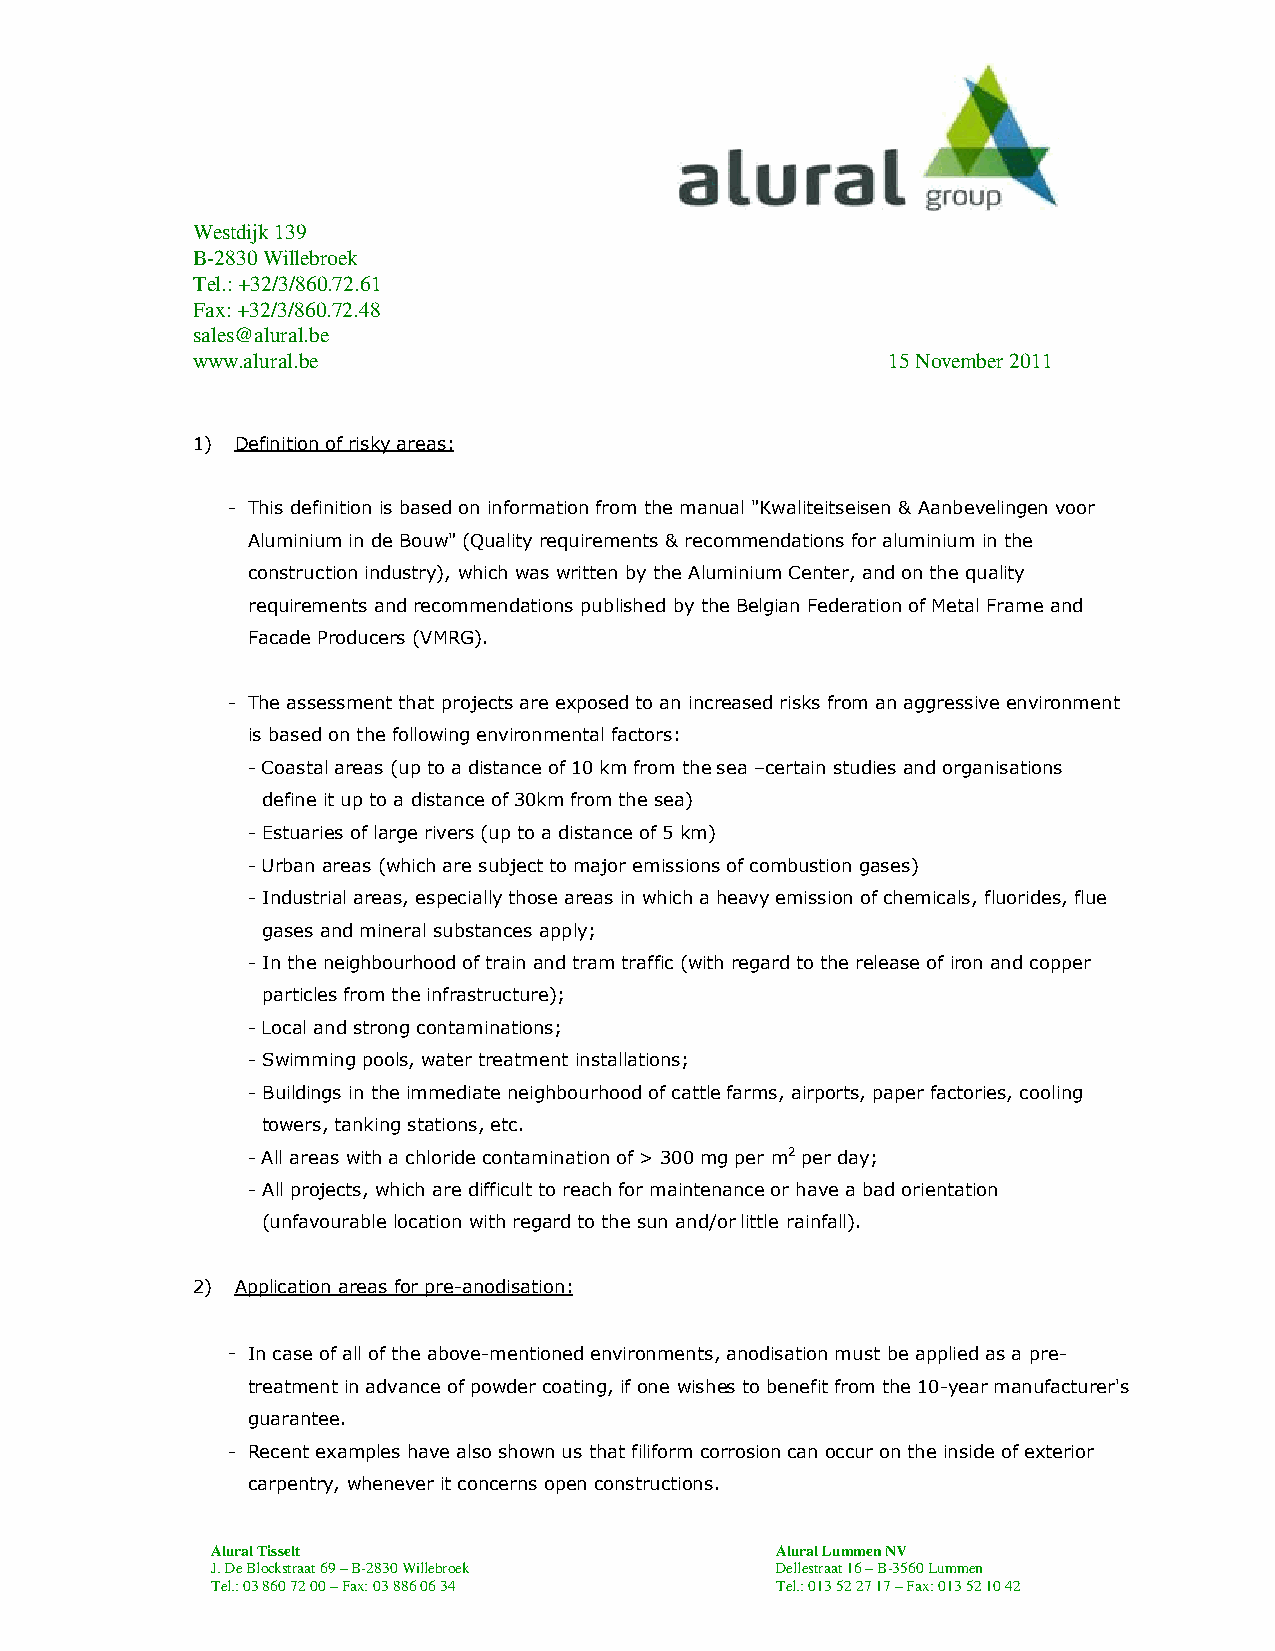
Westdijk 139
 B-2830 Willebroek
 Tel.: +32/3/860.72.61
 Fax: +32/3/860.72.48
 sales@alural.be
 www.alural.be                                 15 November 2011
 1) Definition of risky areas:
 - This definition is based on information from the manual "Kwaliteitseisen & Aanbevelingen voor
 Aluminium in de Bouw" (Quality requirements & recommendations for aluminium in the
 construction industry), which was written by the Aluminium Center, and on the quality
 requirements and recommendations published by the Belgian Federation of Metal Frame and
 Facade Producers (VMRG).
 - The assessment that projects are exposed to an increased risks from an aggressive environment
 is based on the following environmental factors:
 - Coastal areas (up to a distance of 10 km from the sea –certain studies and organisations
 define it up to a distance of 30km from the sea)
 - Estuaries of large rivers (up to a distance of 5 km)
 - Urban areas (which are subject to major emissions of combustion gases)
 - Industrial areas, especially those areas in which a heavy emission of chemicals, fluorides, flue
 gases and mineral substances apply;
 - In the neighbourhood of train and tram traffic (with regard to the release of iron and copper
 particles from the infrastructure);
 - Local and strong contaminations;
 - Swimming pools, water treatment installations;
 - Buildings in the immediate neighbourhood of cattle farms, airports, paper factories, cooling
 towers, tanking stations, etc.
 - All areas with a chloride contamination of > 300 mg per m2 per day;
 - All projects, which are difficult to reach for maintenance or have a bad orientation
 (unfavourable location with regard to the sun and/or little rainfall).
 2) Application areas for pre-anodisation:
 - In case of all of the above-mentioned environments, anodisation must be applied as a pre-
 treatment in advance of powder coating, if one wishes to benefit from the 10-year manufacturer's
 guarantee.
 - Recent examples have also shown us that filiform corrosion can occur on the inside of exterior
 carpentry, whenever it concerns open constructions.
 Alural Tisselt                       Alural Lummen NV
 J. De Blockstraat 69 – B-2830 Willebroek Dellestraat 16 – B-3560 Lummen
 Tel.: 03 860 72 00 – Fax: 03 886 06 34 Tel.: 013 52 27 17 – Fax: 013 52 10 42